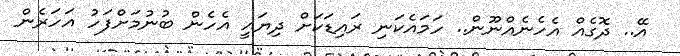
އޭ.. ދޮގެއް އެހެނެއްނޫން.. ހަމައެކަނި ރައިޑަކަށް ދިޔައީ އެހެން ބުނުމަށްފަހު އަހަރެން